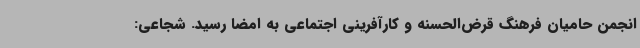
انجمن حامیان فرهنگ قرض‌الحسنه و کارآفرینی اجتماعی به امضا رسید. شجاعی: